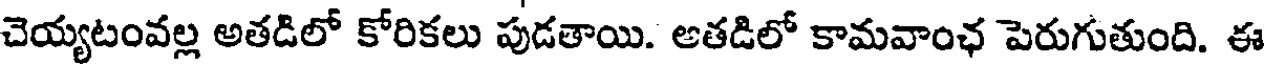
చెయ్యటంవల్ల అతడిలో కోరికలు పుడతాయి. అతడిలో కామవాంఛ పెరుగుతుంది. ఈ